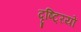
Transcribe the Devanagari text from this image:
दृष्टि्रयों